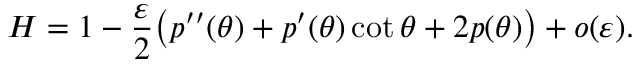
H = 1 - \frac \varepsilon 2 \big ( p ^ { \prime \prime } ( \theta ) + p ^ { \prime } ( \theta ) \cot \theta + 2 p ( \theta ) \big ) + o ( \varepsilon ) .